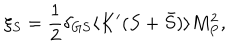
\xi _ { S } = { \frac { 1 } { 2 } } \delta _ { G S } \langle K ^ { \prime } ( S + \bar { S } ) \rangle M _ { P } ^ { 2 } ,